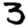
Digit: 3